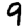
Digit: 9